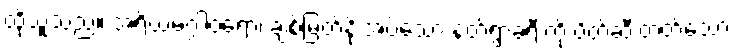
ထိုသူသည်။ အရိယမဂ္ဂါဝရော၊ ချစ်မြတ်နိုးအပ်သော နတ်ရွာခရီးကို ပိတ်ဆီးတတ်သော